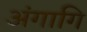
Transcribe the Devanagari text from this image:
अंगागि